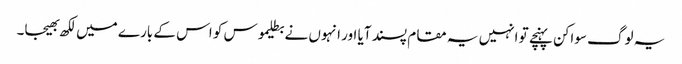
یہ لوگ سواکن پہنچے تو انہیں یہ مقام پسند آیا اور انہوں نے بطلیموس کو اس کے بارے میں لکھ بھیجا۔